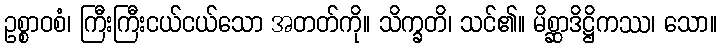
ဥစ္စာဝစံ၊ ကြီးကြီးငယ်ငယ်သော အတတ်ကို။ သိက္ခတိ၊ သင်၏။ မိစ္ဆာဒိဋ္ဌိကဿ၊ သော။